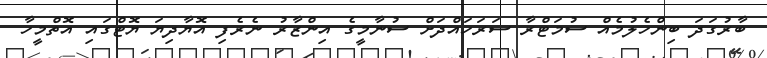
ބާރުގަދަ ބިންހެލުމެއް ސުމަޓްރާ ސަރަހައްދަށް ސުނާމީގެ އިންޒާރު ނެރެފި އޮޔާދިޔަ ޔޮޓްގައި އޮތްމީހާ